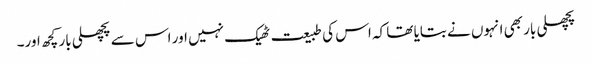
پچھلی بار بھی انہوں نے بتایا تھا کہ اس کی طبیعت ٹھیک نہیں اور اس سے پچھلی بار کچھ اور۔